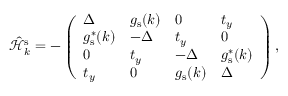
\hat { \mathcal { H } } _ { k } ^ { \mathrm { s } } = - \left( \begin{array} { l l l l } { \Delta } & { g _ { \mathrm { s } } ( k ) } & { 0 } & { t _ { y } } \\ { g _ { \mathrm { s } } ^ { * } ( k ) } & { - \Delta } & { t _ { y } } & { 0 } \\ { 0 } & { t _ { y } } & { - \Delta } & { g _ { \mathrm { s } } ^ { * } ( k ) } \\ { t _ { y } } & { 0 } & { g _ { \mathrm { s } } ( k ) } & { \Delta } \end{array} \right) \mathrm { , }